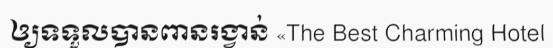
ឲ្យទទួលបានពានរង្វាន់ «The Best Charming Hotel